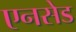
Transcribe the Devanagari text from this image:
एनसेड